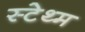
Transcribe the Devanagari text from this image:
स्टेथ्म